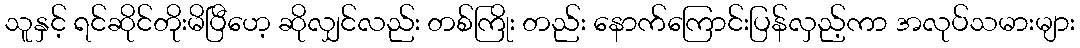
သူနှင့် ရင်ဆိုင်တိုးမိပြီဟေ့ ဆိုလျှင်လည်း တစ်ကြိုး တည်း နောက်ကြောင်းပြန်လှည့်ကာ အလုပ်သမားများ